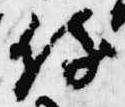
侍